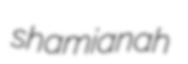
shamianah